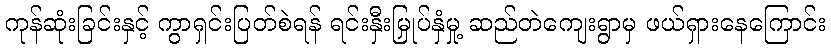
ကုန်ဆုံးခြင်းနှင့် ကွာရှင်းပြတ်စဲရန် ရင်းနှီးမြှုပ်နှံမှု့ ဆည်တဲကျေးရွာမှ ဖယ်ရှားနေကြောင်း